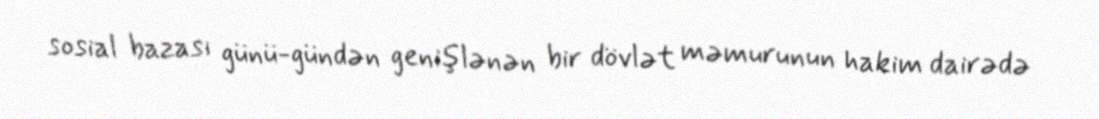
sosial bazası günü-gündən genişlənən bir dövlət məmurunun hakim dairədə